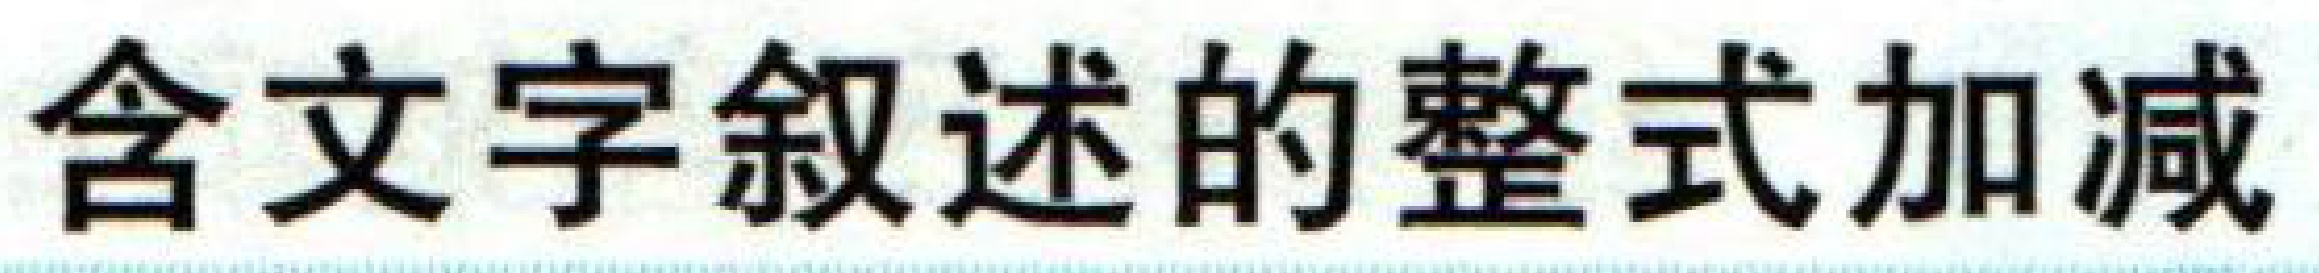
含文字叙述的整式加减